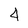
Character: 4